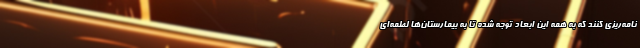
نامه‌ریزی کنند که به همه این ابعاد توجه شده تا به بیمارستان‌ها لطمه‌ای